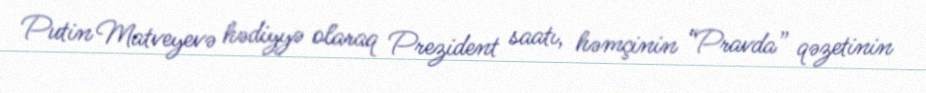
Putin Matveyevə hədiyyə olaraq Prezident saatı, həmçinin “Pravda” qəzetinin